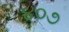
૪૦૭